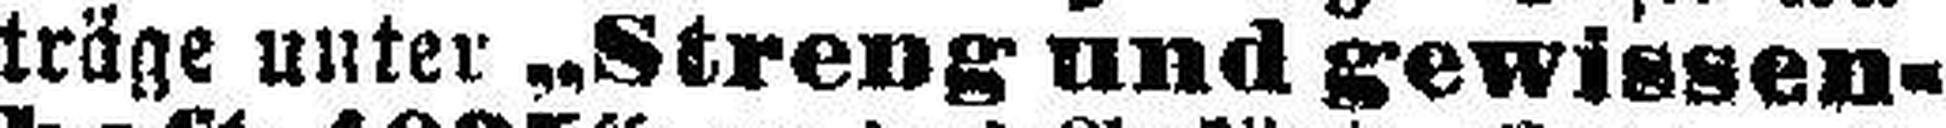
träge unter „Streng und gewissen¬